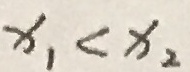
x _ { 1 } < x _ { 2 }